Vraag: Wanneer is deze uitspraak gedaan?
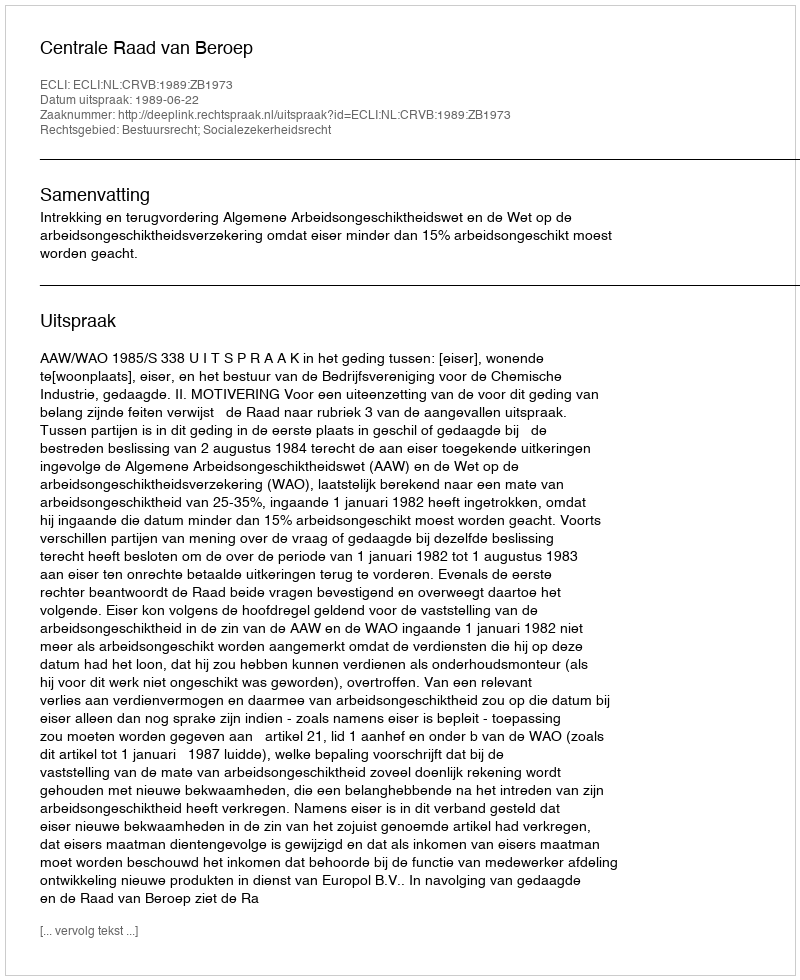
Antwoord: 1989-06-22